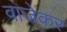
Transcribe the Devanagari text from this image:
वाजेकर